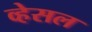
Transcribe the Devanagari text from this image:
व्हेसल